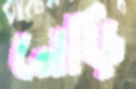
নেড়ি